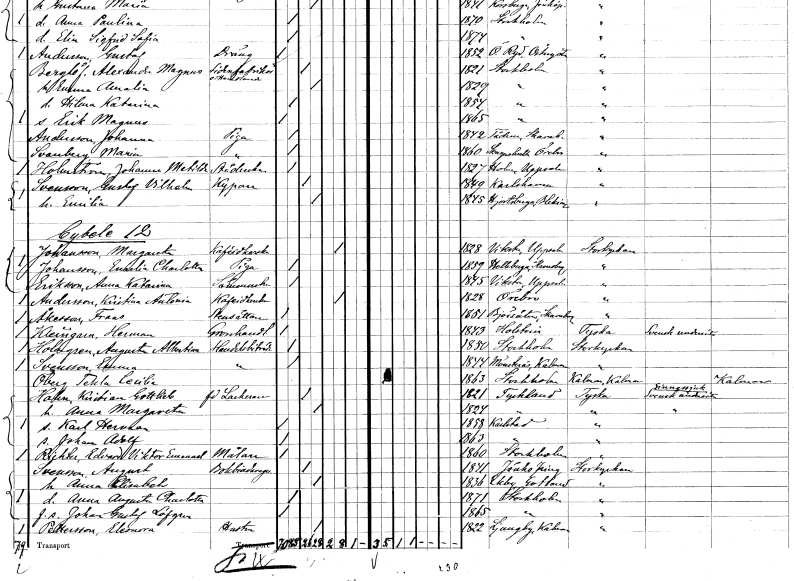
gt_parse: households: individuals: FN: Johanna Matilda
EN: Holmström
YRKE: Städerska
KON: K
CIV: O
FODAR: 1827
FODFORS: Holm Uppsala län
FN: Gustaf Vilhelm
EN: Svensson
YRKE: Kypare
KON: M
CIV: G
FODAR: 1849
FODFORS: Karlshamn Blekinge län
FN: Emilia
KON: K
CIV: G
FODAR: 1845
FODFORS: Hjortsberga Blekinge län
FN: Margareta
EN: Johansson
YRKE: Kaféidkerska
KON: K
CIV: E
FODAR: 1828
FODFORS: Viksta Uppsala län
FN: Emelia Charlotta
EN: Johansson
YRKE: Piga
KON: K
CIV: O
FODAR: 1859
FODFORS: Hälleberga Kalmar län
FN: Anna Katarina
EN: Eriksson
YRKE: Sömmerska
KON: K
CIV: O
FODAR: 1845
FODFORS: Viksta Uppsala län
FN: Kristina Antonia
EN: Andersson
YRKE: Kaféidkerska
KON: K
CIV: E
FODAR: 1828
FODFORS: Örebro Örebro län
FN: Frans
EN: Åkesson
YRKE: Stensättare
KON: M
CIV: O
FODAR: 1851
FODFORS: Björsäter Skaraborgs län
FN: Herman
EN: Kleigarn
YRKE: Grosshandlare
KON: M
CIV: O
FODAR: 1843
FN: Augusta Albertina
EN: Holmgren
YRKE: Handelsbiträde
KON: K
CIV: O
FODAR: 1850
FODFORS: Stockholm
FN: Emma
EN: Svensson
YRKE: Handelsbiträde
KON: K
CIV: O
FODAR: 1844
FODFORS: Mönsterås Kalmar län
FN: Tekla Cecilia
EN: Öberg
KON: K
CIV: O
FODAR: 1863
FODFORS: Stockholm
FN: Kristian Gottlieb
EN: Haben
YRKE: Lackerare f.d.
KON: M
CIV: G
FODAR: 1821
FN: Anna Margareta
KON: K
CIV: G
FODAR: 1824
FN: Karl Herman
KON: M
CIV: O
FODAR: 1858
FODFORS: Karlstad Värmlands län
FN: Johan Adolf
KON: M
CIV: O
FODAR: 1863
FODFORS: Karlstad Värmlands län
FN: Edvard Viktor Emanuel
EN: Richter
YRKE: Målare
KON: M
CIV: O
FODAR: 1860
FODFORS: Stockholm
FN: August
EN: Svensson
YRKE: Bokbindaregesäll
KON: M
CIV: G
FODAR: 1841
FODFORS: Jönköping Jönköpings län
FN: Anna Elisabet
KON: K
CIV: G
FODAR: 1836
FODFORS: Ekeby Gotlands län
FN: Anna Augusta Charlotta
KON: K
CIV: O
FODAR: 1871
FODFORS: Stockholm
FN: Johan Gustaf
EN: Löfgren
KON: M
CIV: O
FODAR: 1865
FODFORS: Stockholm
FN: Eleonora
EN: Pettersson
YRKE: Hustru
KON: K
CIV: G
FODAR: 1822
FODFORS: Ljungby Kalmar län